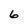
Character: 6